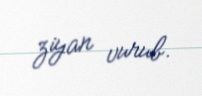
ziyan vurub.